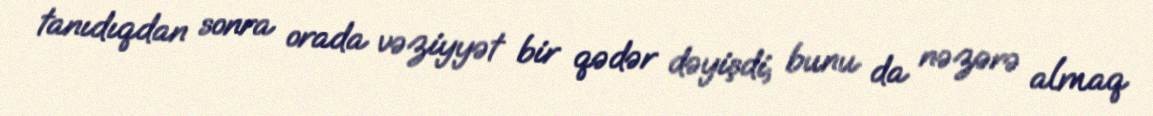
tanıdıqdan sonra orada vəziyyət bir qədər dəyişdi, bunu da nəzərə almaq